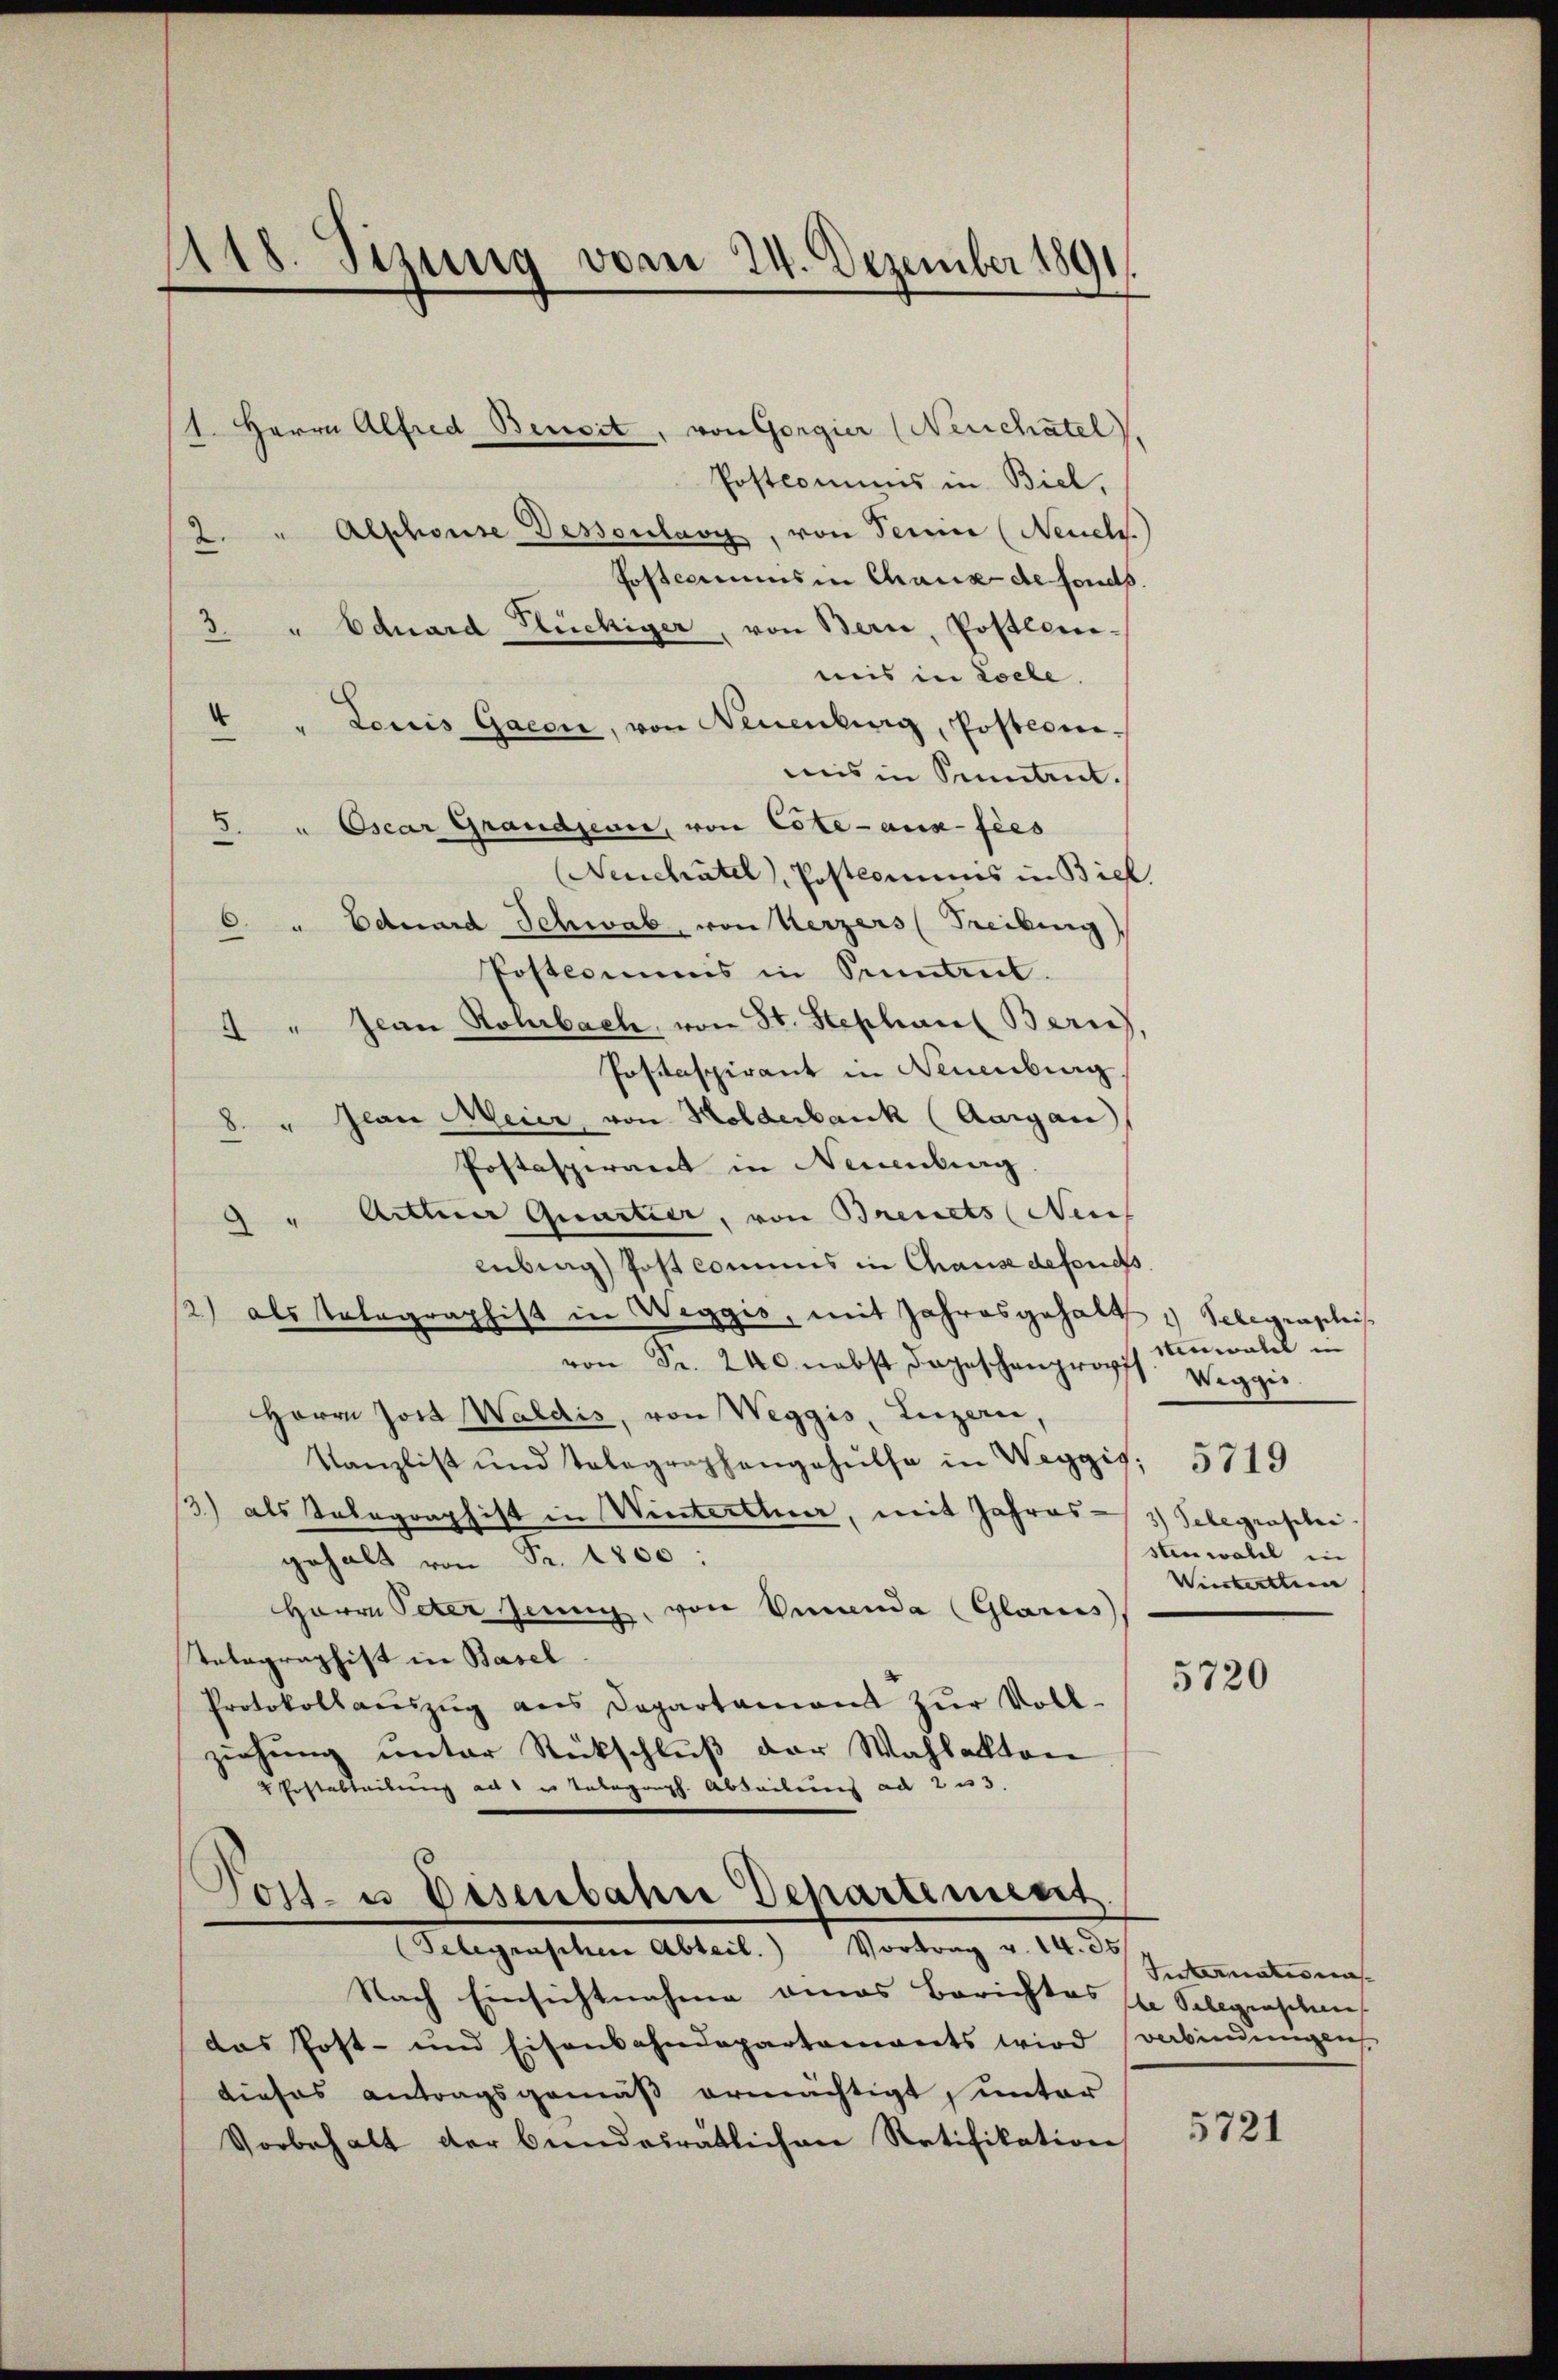
1118. Sizung vom 24. Dezember 1891.

1. Herrn Alfred Bensit, von Gorgier (Neuchatel)
Postcomuns in Biel,
2. " Alschonse Dessenlang, von Terner (Neuches
Postcommis in Chaux de fonds
3. " Eduard Küchiger, von Bern, Postlonimis in Loele.
4 " Loris Gaeon, von Neuenburg, Postconi-
mis in Sement.
3. " Oscar Grandjean, von Cote aux fies
Neuchâtel, Postcommis in Biel
 " Eduard Schwab, von Kerzers (Freiburg)
Postcommis in Sentit.
4" Jean Rohrbach, von St. Stephan Bern
Postaspirant in Neuenburg
8. " Jean Meier von Holderbank (Aargau
Postaspirant in Neuenburg
" Aittner Quartier, von Brevets (Neus
lubung Post commis in Chause defonds.
2) als Telegraphist in Weggis, mit Jahresgehalt Selegraphis
von Fr. 240. nebst dageschenpropfs Anwalde
Herrn Jost Waldis, von Weggis, Luzern,
Kanzlist und Telegraphengehülfe in Weggis; 5719
3) als Telegraphist in Winterthur, mit Jahres-3) Telegraphi
gehalt von Fr. 1800:
Herrn Peter Genug, von Vincenda (Glarus,
Telographist in Basel
Protokollaŭszŭg ans Departament zŭr Voll-
ziehung unter Rückschluß der Wahlakten
 Erstabteilung ad 1 u. Telegenph. Ableiberg ad 2 u 3.
Post- u. Eisenbahn Departement
Gelegenschen Abteil) Vortrag v. 14. 30
Nach Einsichtnahme eines Berichtes le Selegenschaus
das Post- und Eisenbahndepartements wird verbindeigens
dieses antragsgemäß ermächtigt, unter
Vorbehalt der bundesrätlichen Ratifikation

Weggi
stenwall in
Vierterttin

5720

Intermatis nas

5721